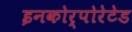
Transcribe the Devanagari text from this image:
इनकोर्पोरेटेड